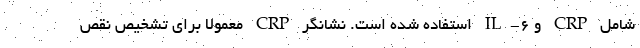
شامل CRP و IL-۶ استفاده شده است. نشانگر CRP معمولا برای تشخیص نقص